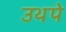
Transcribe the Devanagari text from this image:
उथपे